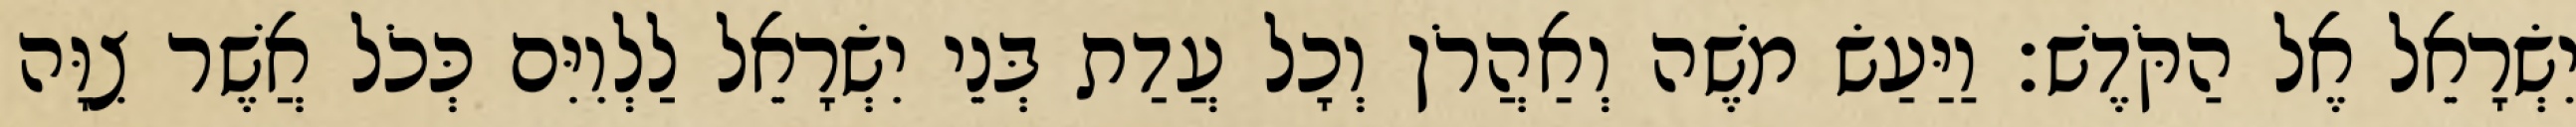
יִשְׂרָאֵל אֶל הַקֹּדֶשׁ׃ וַיַּעַשׂ משֶׁה וְאַהֲרֹן וְכָל עֲדַת בְּנֵי יִשְׂרָאֵל לַלְוִיִּם כְּכֹל אֲשֶׁר צִוָּה